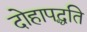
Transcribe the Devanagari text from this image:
दोहापद्धति